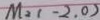
M _ { 2 } ( - 2 . 0 )